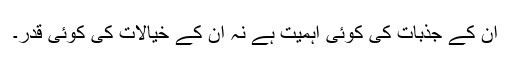
ان کے جذبات کی کوئی اہمیت ہے نہ ان کے خیالات کی کوئی قدر۔